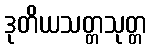
ဒုတိယသတ္တသုတ္တ